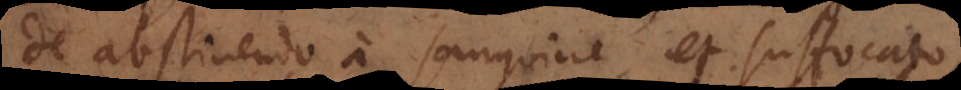
de abstinendo a sanguine et suffocato